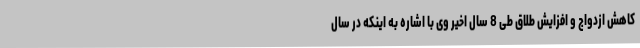
کاهش ازدواج و افزایش طلاق طی 8 سال اخیر وی با اشاره به اینکه در سال